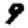
Digit: 9